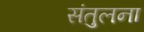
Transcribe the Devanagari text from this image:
संतुलना